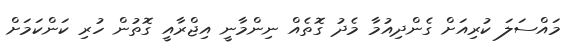
މައްސަލަ ކުރިއަށް ގެންދިއުމާ މެދު ގޮތެއް ނިންމާނީ އިޖްރާއީ ގޮތުން ހުރި ކަންކަމަށް